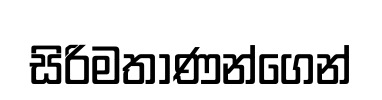
සිරිමතාණන්ගෙන්